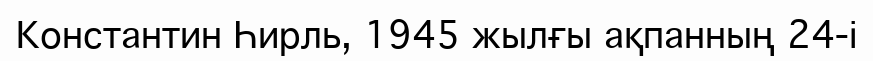
Константин Һирль, 1945 жылғы ақпанның 24-і